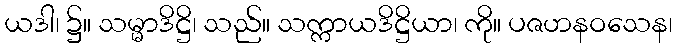
ယဒါ၊ ၌။ သမ္မာဒိဋ္ဌိ၊ သည်။ သက္ကာယဒိဋ္ဌိယာ၊ ကို။ ပဇဟနဝသေန၊